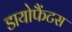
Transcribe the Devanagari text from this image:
डायोफैंटस